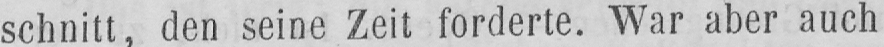
schnitt, den seine Zeit forderte. War aber auch